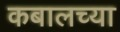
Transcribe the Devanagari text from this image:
कबालच्या